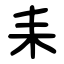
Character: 耒